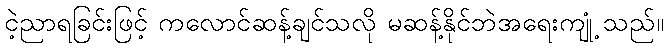
ငဲ့ညာရခြင်းဖြင့် ကလောင်ဆန့်ချင်သလို မဆန့်နိုင်ဘဲအရေးကျုံ့ သည်။